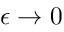
\epsilon \rightarrow 0